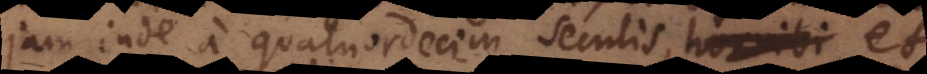
jam inde a quatuordecim seculis, horribi et